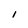
Character: i